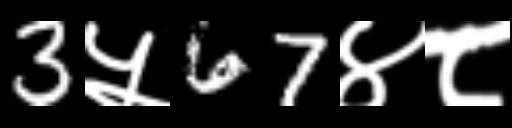
Text: 3५67४८